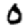
Digit: 0